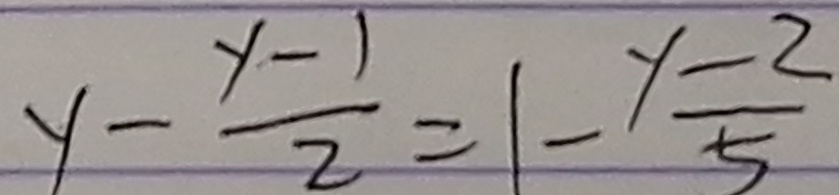
y - \frac { y - 1 } { 2 } = 1 - \frac { y - 2 } { 5 }